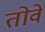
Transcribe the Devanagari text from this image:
तोवे